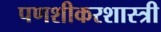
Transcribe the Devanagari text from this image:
पणशीकरशास्त्री